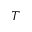
T